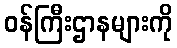
ဝန်ကြီးဌာနများကို